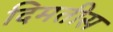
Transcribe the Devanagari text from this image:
दिमतीस